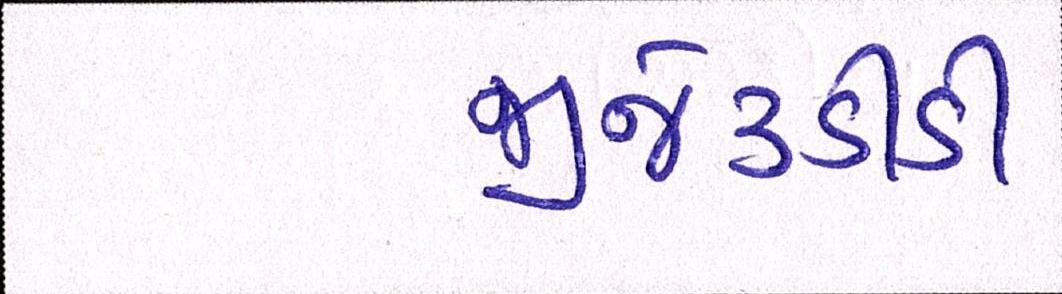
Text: જીજે૩ડીડી